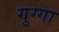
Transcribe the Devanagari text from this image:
गुग्गा